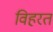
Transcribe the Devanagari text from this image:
विहरत